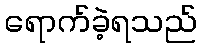
ရောက်ခဲ့ရသည်